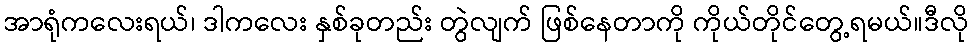
အာရုံကလေးရယ်၊ ဒါကလေး နှစ်ခုတည်း တွဲလျက် ဖြစ်နေတာကို ကိုယ်တိုင်တွေ့ရမယ်။ဒီလို